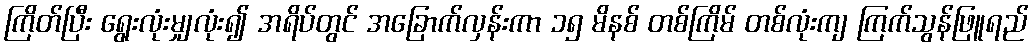
ကြိတ်ပြီး ရွေးလုံးမျှလုံး၍ အရိပ်တွင် အခြောက်လှန်းကာ ၁၅ မိနစ် တစ်ကြိမ် တစ်လုံးကျ ကြက်သွန်ဖြူရည်